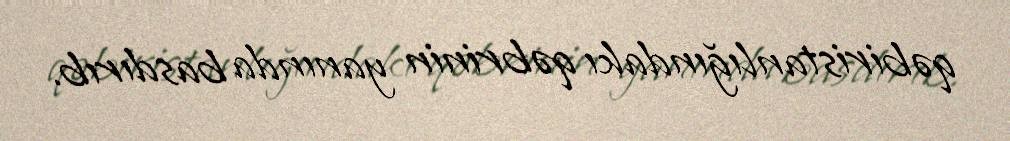
qəbiristanlığındakı qəbrinin yanında basdırıb.